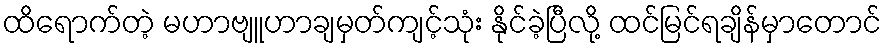
ထိရောက်တဲ့ မဟာဗျူဟာချမှတ်ကျင့်သုံး နိုင်ခဲ့ပြီလို့ ထင်မြင်ရချိန်မှာတောင်